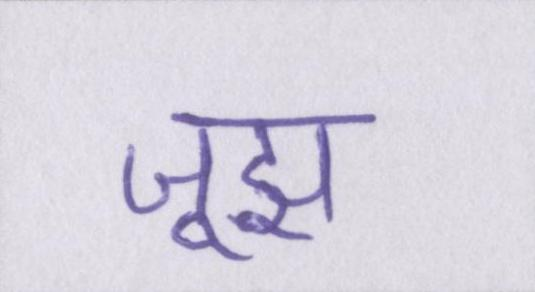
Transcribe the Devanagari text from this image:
जूझ